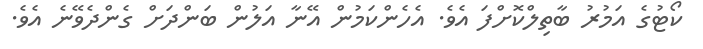
ކޯޓުގެ އަމުރު ބާތިލްކޮށްފަ އެވެ. އެހެންކަމުން އޭނާ އަލުން ބަންދަށް ގެންދެވޭނެ އެވެ.